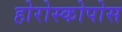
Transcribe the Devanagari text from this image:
होरोस्कोपोस